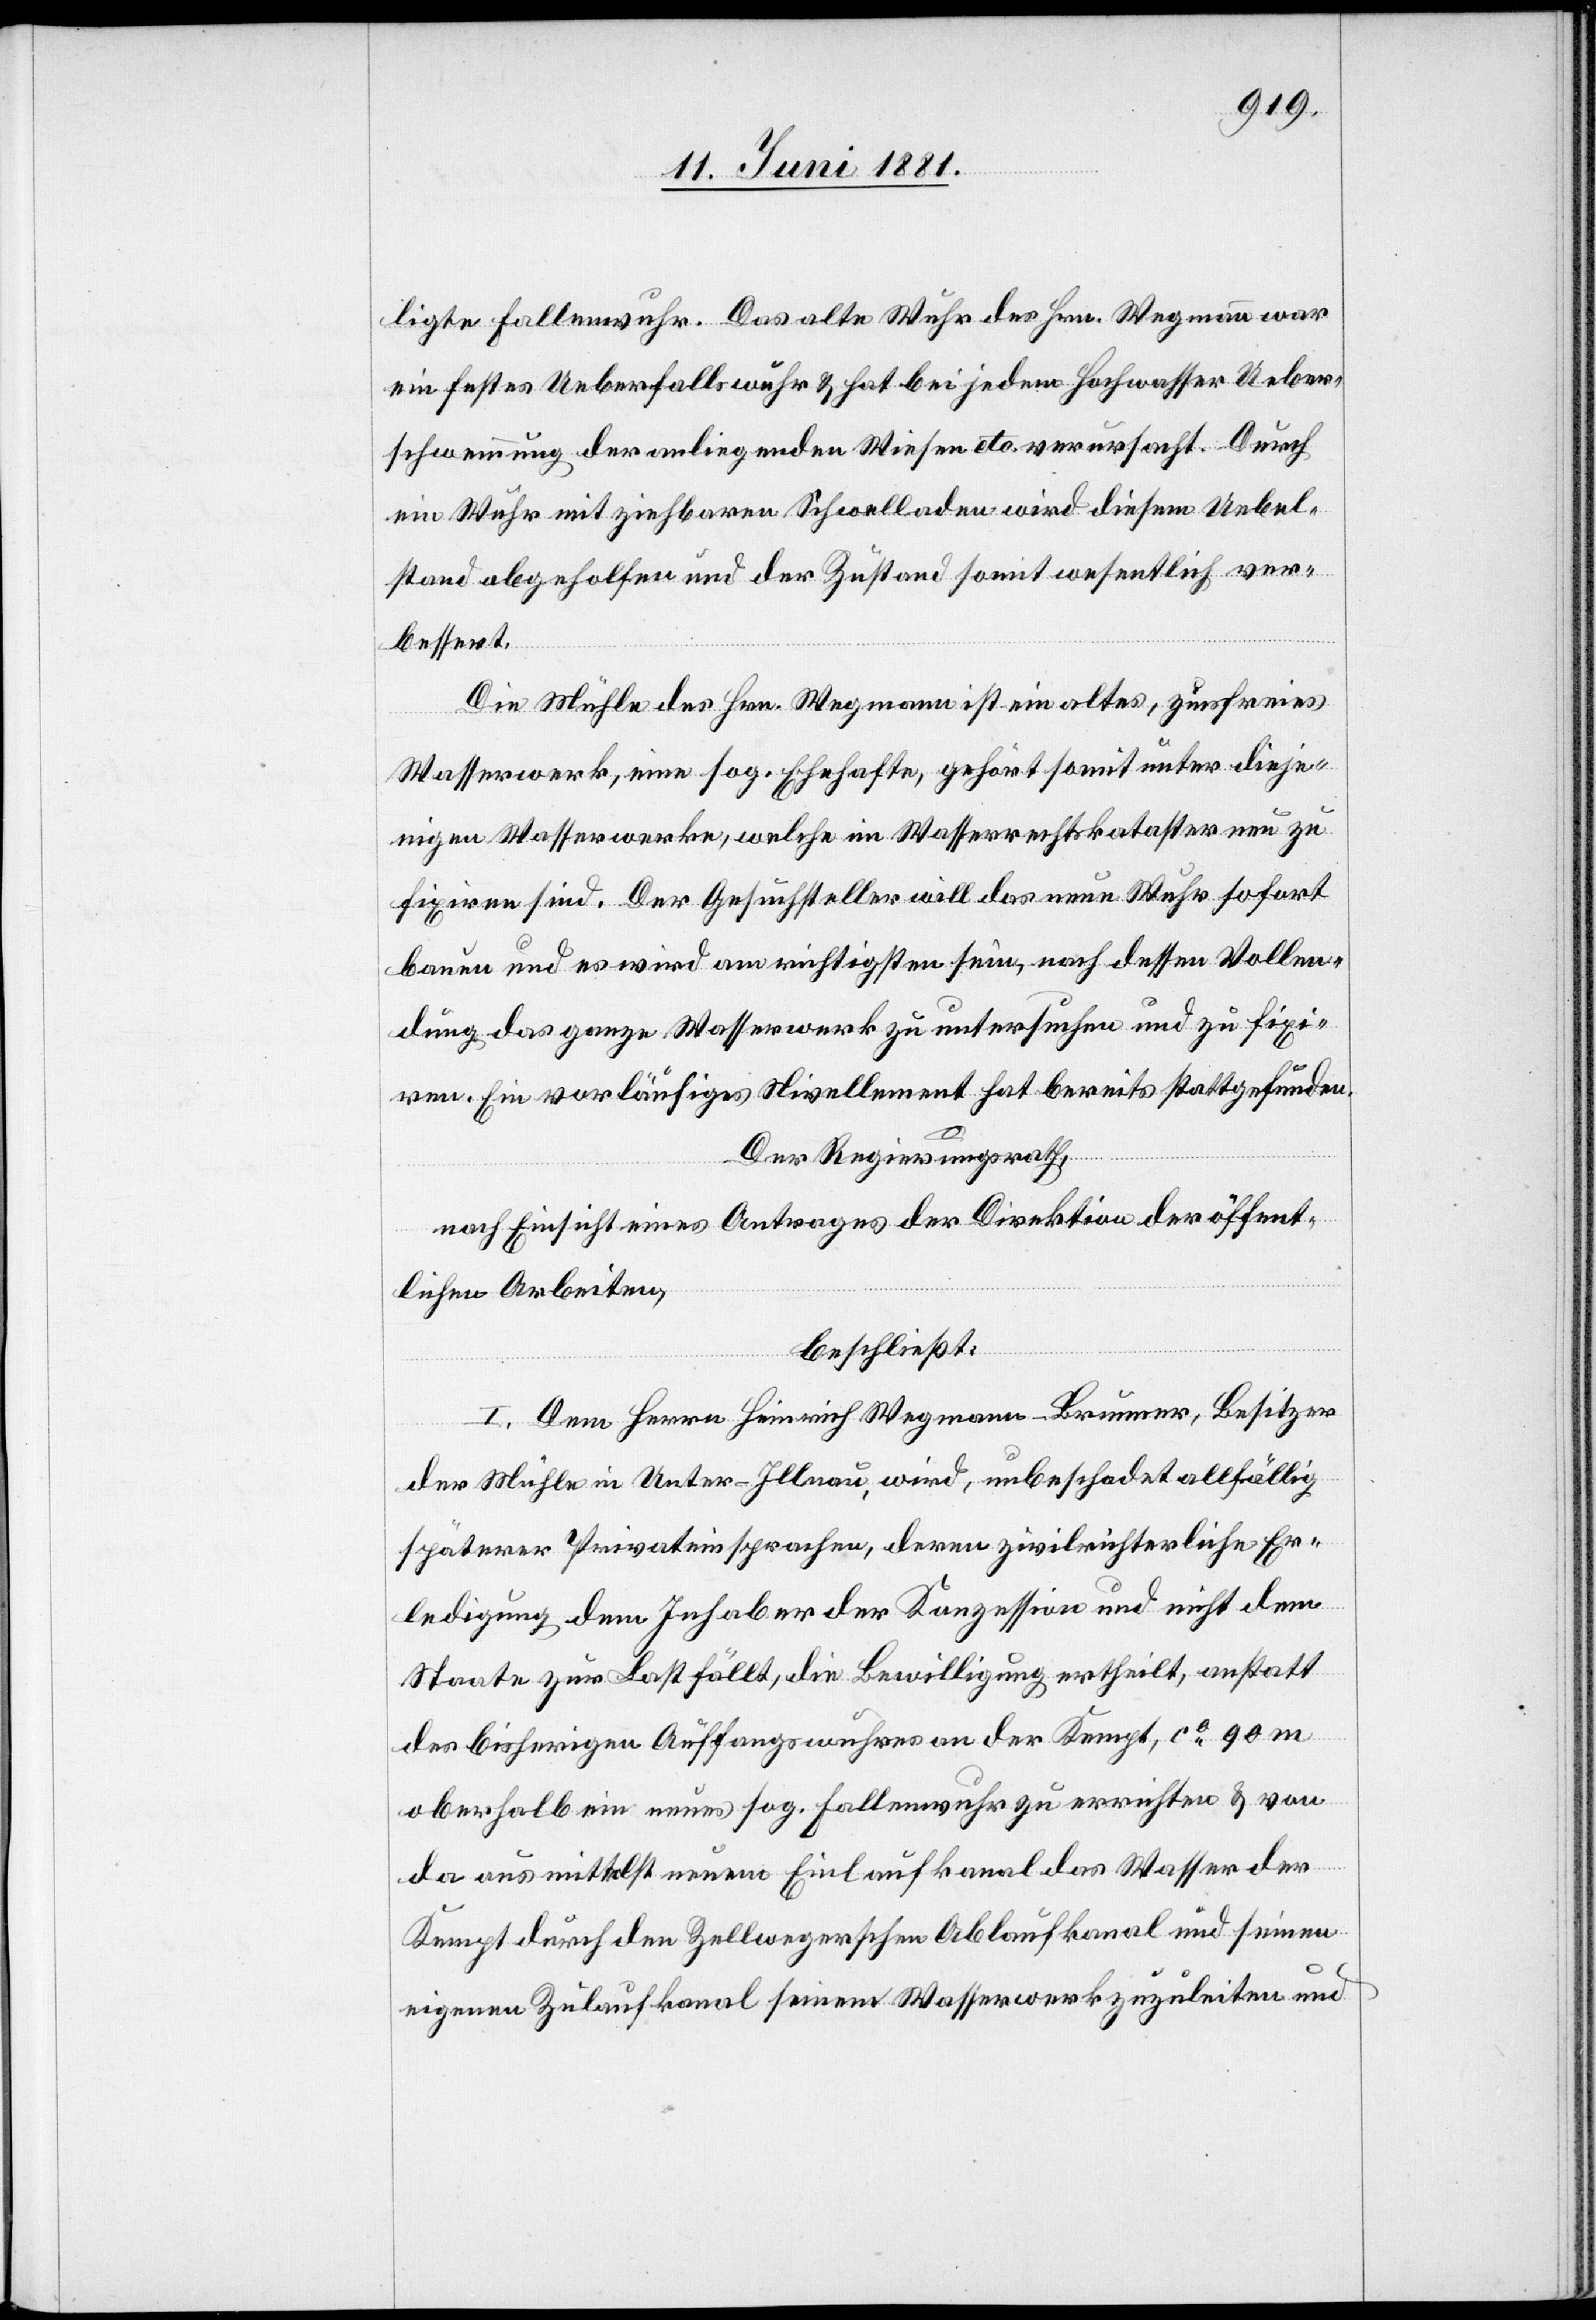
ligte Fallenwuhr. Das alte Wuhr des Hrn. Wegmann war
ein festes Ueberfallswuhr & hat bei jedem Hochwasser Ueber¬
schwemmung der anliegenden Wiesen etc. verursacht. Durch
ein Wuhr mit ziehbaren Schwelladen wird diesem Uebel¬
stand abgeholfen und der Zustand somit wesentlich ver¬
bessert.
Die Mühle des Hrn. Wegmann ist ein altes, zinsfreies
Wasserwerk, eine sog. Ehehafte, gehört somit unter dieje¬
nigen Wasserwerke, welche im Wasserrechtskataster neu zu
fixiren sind. Der Gesuchsteller will das neue Wuhr sofort
bauen und es wird am richtigsten sein, nach dessen Vollen¬
dung das ganze Wasserwerk zu untersuchen und zu fixi¬
ren. Ein vorläufiges Nivellement hat bereits stattgefunden.
Der Regierungsrath,
nach Einsicht eines Antrages der Direktion der öffent¬
lichen Arbeiten,
beschließt:
I. Dem Herrn Heinrich Wegmann-Brunner, Besitzer
der Mühle in Unter-Illnau, wird, unbeschadet allfällig
späterer Privateinsprachen, deren zivilrichterliche Er¬
ledigung dem Inhaber der Konzession und nicht dem
Staate zur Last fällt, die Bewilligung ertheilt, anstatt
des bisherigen Auffangswuhres an der Kmpt, ca 90 m
oberhalb ein neues sog. Fallenwuhr zu errichten & von
da aus mittelst neuem Einlaufkanal das Wasser der
Kempt durch den Zellwegerschen Ablaufkanal und seinen
eigenen Zulaufkanal seinem Wasserwerk zuzuleiten und